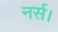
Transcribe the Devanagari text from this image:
नर्स।